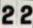
22